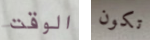
الوقت تكون